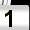
Digit: 1